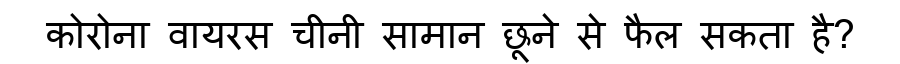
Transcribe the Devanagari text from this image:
कोरोना वायरस चीनी सामान छूने से फैल सकता है?